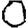
Digit: 0